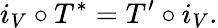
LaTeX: i_{V}\circ T^{*}=T^{\prime}\circ i_{V}.